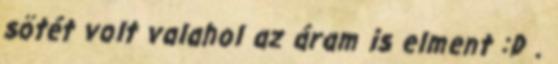
sötét volt valahol az áram is elment :D .